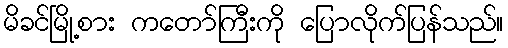
မိခင်မြို့စား ကတော်ကြီးကို ပြောလိုက်ပြန်သည်။